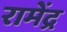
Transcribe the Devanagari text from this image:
रामेंद्र